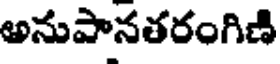
అనుపానతరంగిణి